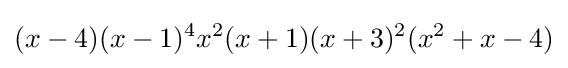
(x-4)(x-1)^{4}x^{2}(x+1)(x+3)^{2}(x^{2}+x-4)